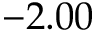
- 2 . 0 0